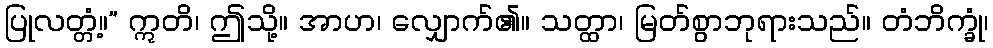
ပြုလတ္တံ့။” ဣတိ၊ ဤသို့။ အာဟ၊ လျှောက်၏။ သတ္ထာ၊ မြတ်စွာဘုရားသည်။ တံဘိက္ခုံ၊